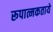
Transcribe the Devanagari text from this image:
रूपात्मकताये